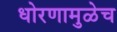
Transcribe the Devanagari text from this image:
धोरणामुळेच